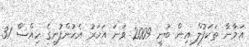
އަމާނާ ތަކަފުލް އިން ބުނީ 2009 ވަނަ އަހަރު އެކުންފުނީގެ ހިއްސާ 31